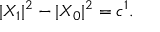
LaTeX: | { \cal X } _ { 1 } | ^ { 2 } - | { \cal X } _ { 0 } | ^ { 2 } = c ^ { 1 } .